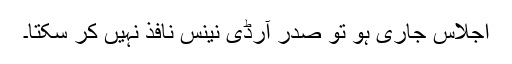
اجلاس جاری ہو تو صدر آرڈی نینس نافذ نہیں کر سکتا۔